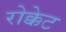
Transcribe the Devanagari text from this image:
रोक्केट